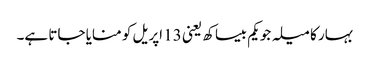
بہار کا میلہ جو یکم بیساکھ یعنی 13 اپریل کو منایا جاتا ہے۔